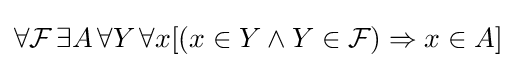
\forall {\mathcal {F}}\,\exists A\,\forall Y\,\forall x[(x\in Y\land Y\in {\mathcal {F}})\Rightarrow x\in A]